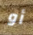
أو